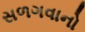
સળગવાનો